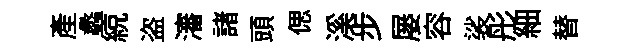
産蠡綂盗瀋諸頭偲溪步屡容裟彤細替